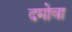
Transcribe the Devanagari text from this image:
दमोवा